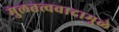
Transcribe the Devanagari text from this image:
मुलतत्ववादामुळे